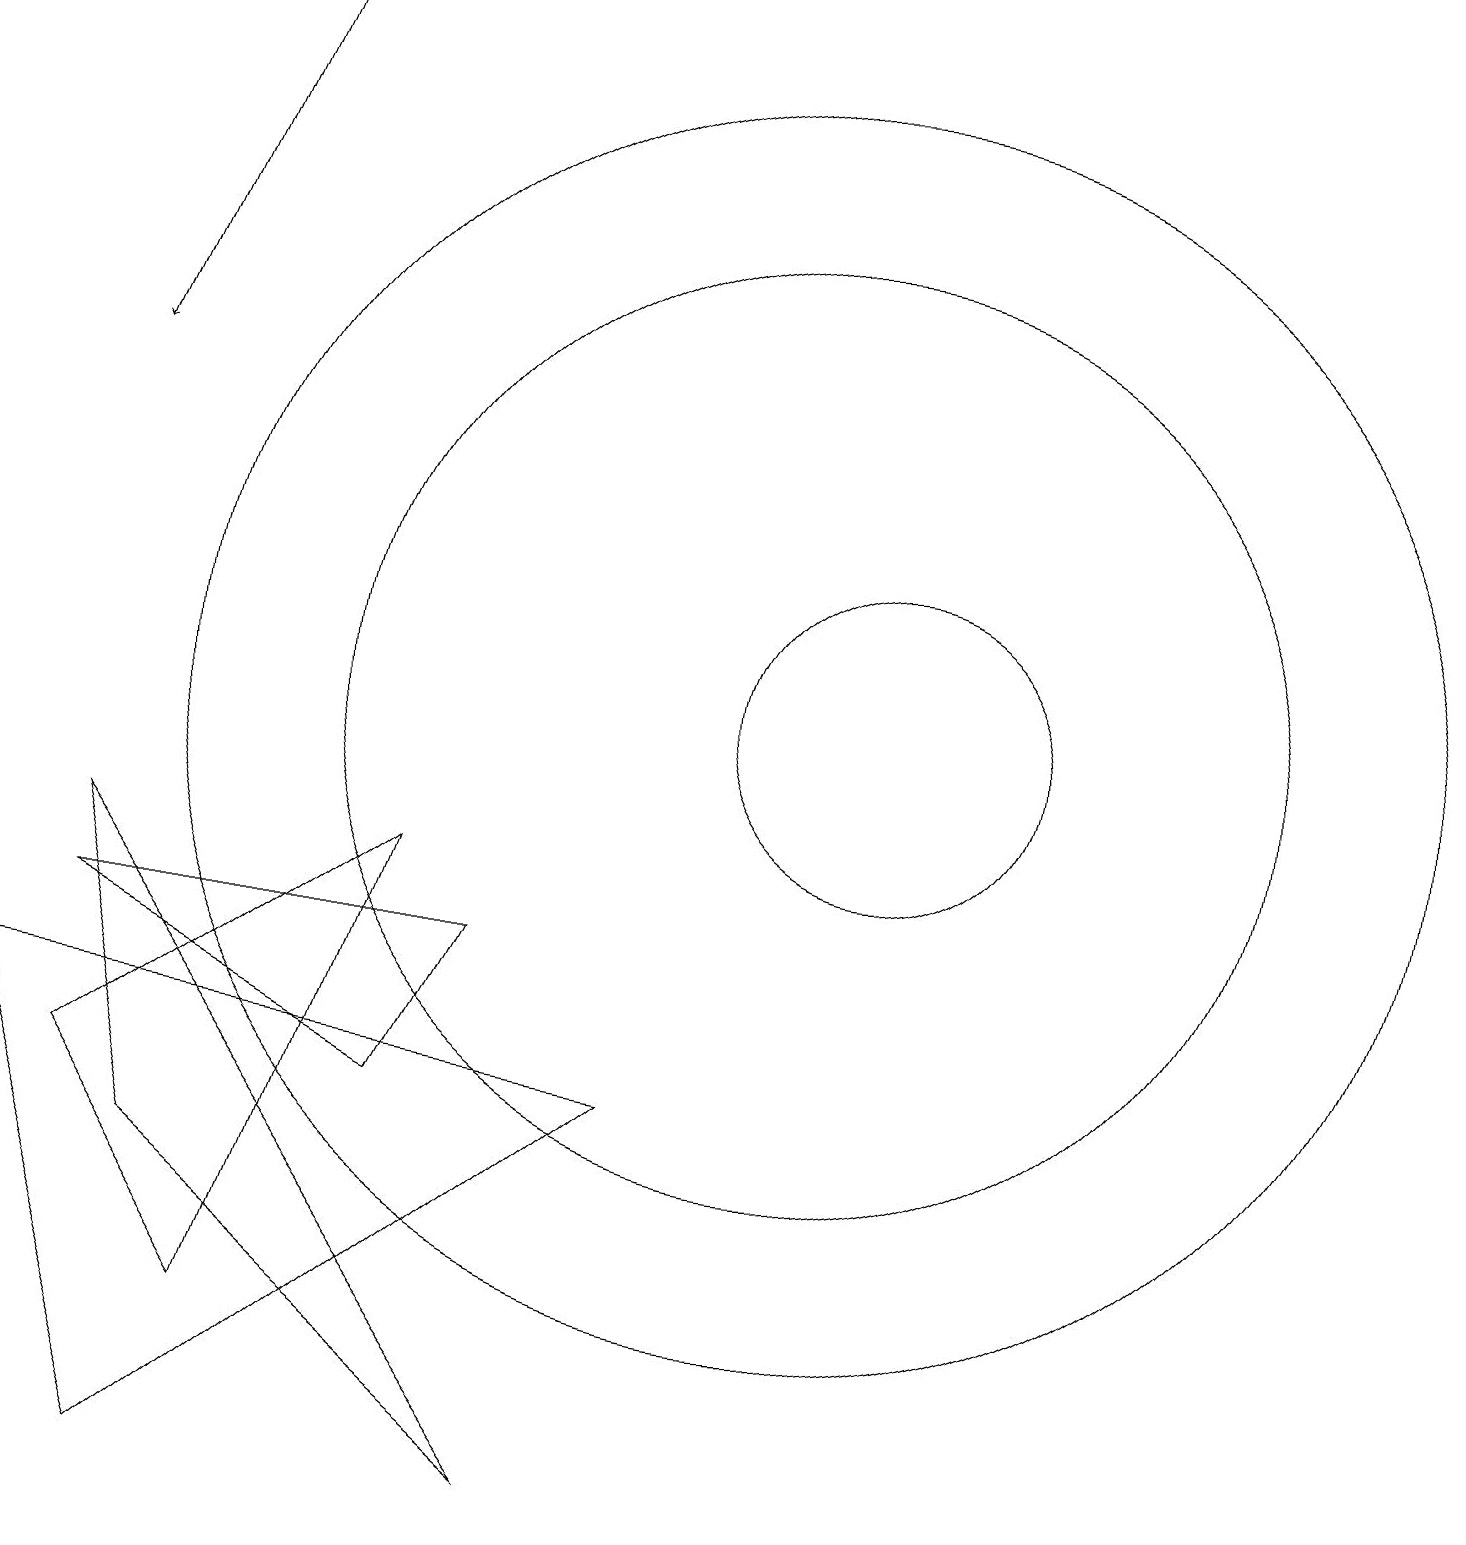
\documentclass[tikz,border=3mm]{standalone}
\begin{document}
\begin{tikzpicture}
\draw (6,5) -- (7,7) -- (2,7) -- cycle;
\draw (2,8) -- (8,0) -- (3,4) -- cycle;
\draw (11,10) circle (6);
\draw (6,8) -- (2,5) -- (4,2) -- cycle;
\draw (12,10) circle (2);
\draw[->] (4,19) -- (2,14);
\draw (3,0) -- (1,6) -- (9,5) -- cycle;
\draw (11,10) circle (8);
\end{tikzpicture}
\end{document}